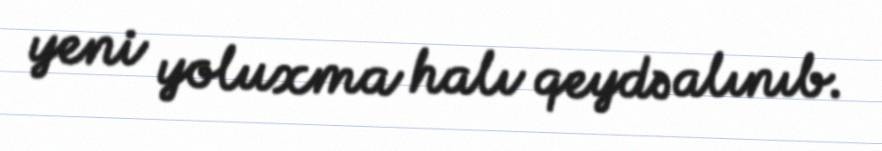
yeni yoluxma halı qeydə alınıb.